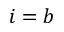
i = b